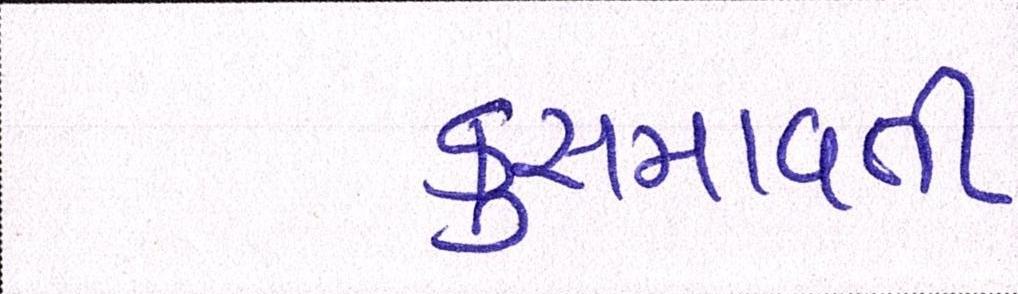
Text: કુસમાવતી